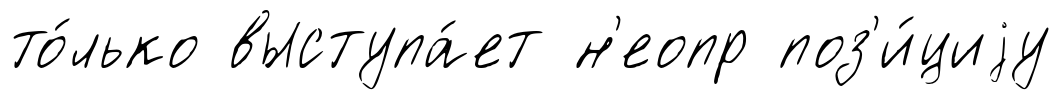
то́лько выступа́ет н'еопр поз'и́циjу